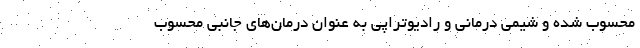
محسوب شده و شیمی درمانی و رادیوتراپی به عنوان درمان‌های جانبی محسوب